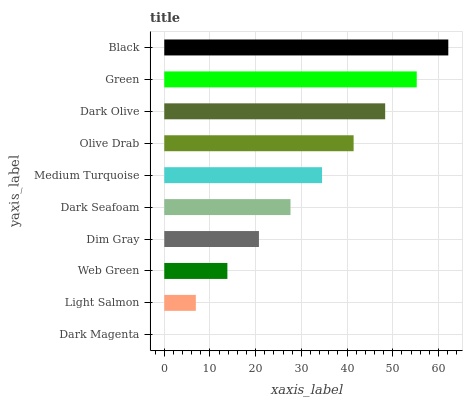
| yaxis_label | bars |
 | --- | --- |
 | Dark Magenta | 0 |
 | Light Salmon | 6.91 |
 | Web Green | 13.8 |
 | Dim Gray | 20.7 |
 | Dark Seafoam | 27.6 |
 | Medium Turquoise | 34.5 |
 | Olive Drab | 41.4 |
 | Dark Olive | 48.3 |
 | Green | 55.2 |
 | Black | 62.2 |